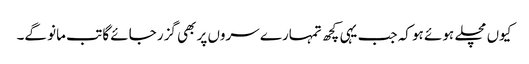
کیوں مچلے ہوئے ہو کہ جب یہی کچھ تمہارے سروں پر بھی گزر جائے گا تب مانو گے۔